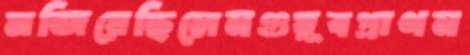
মজিয়েছিলেনগুয়ূবপ্রাণন